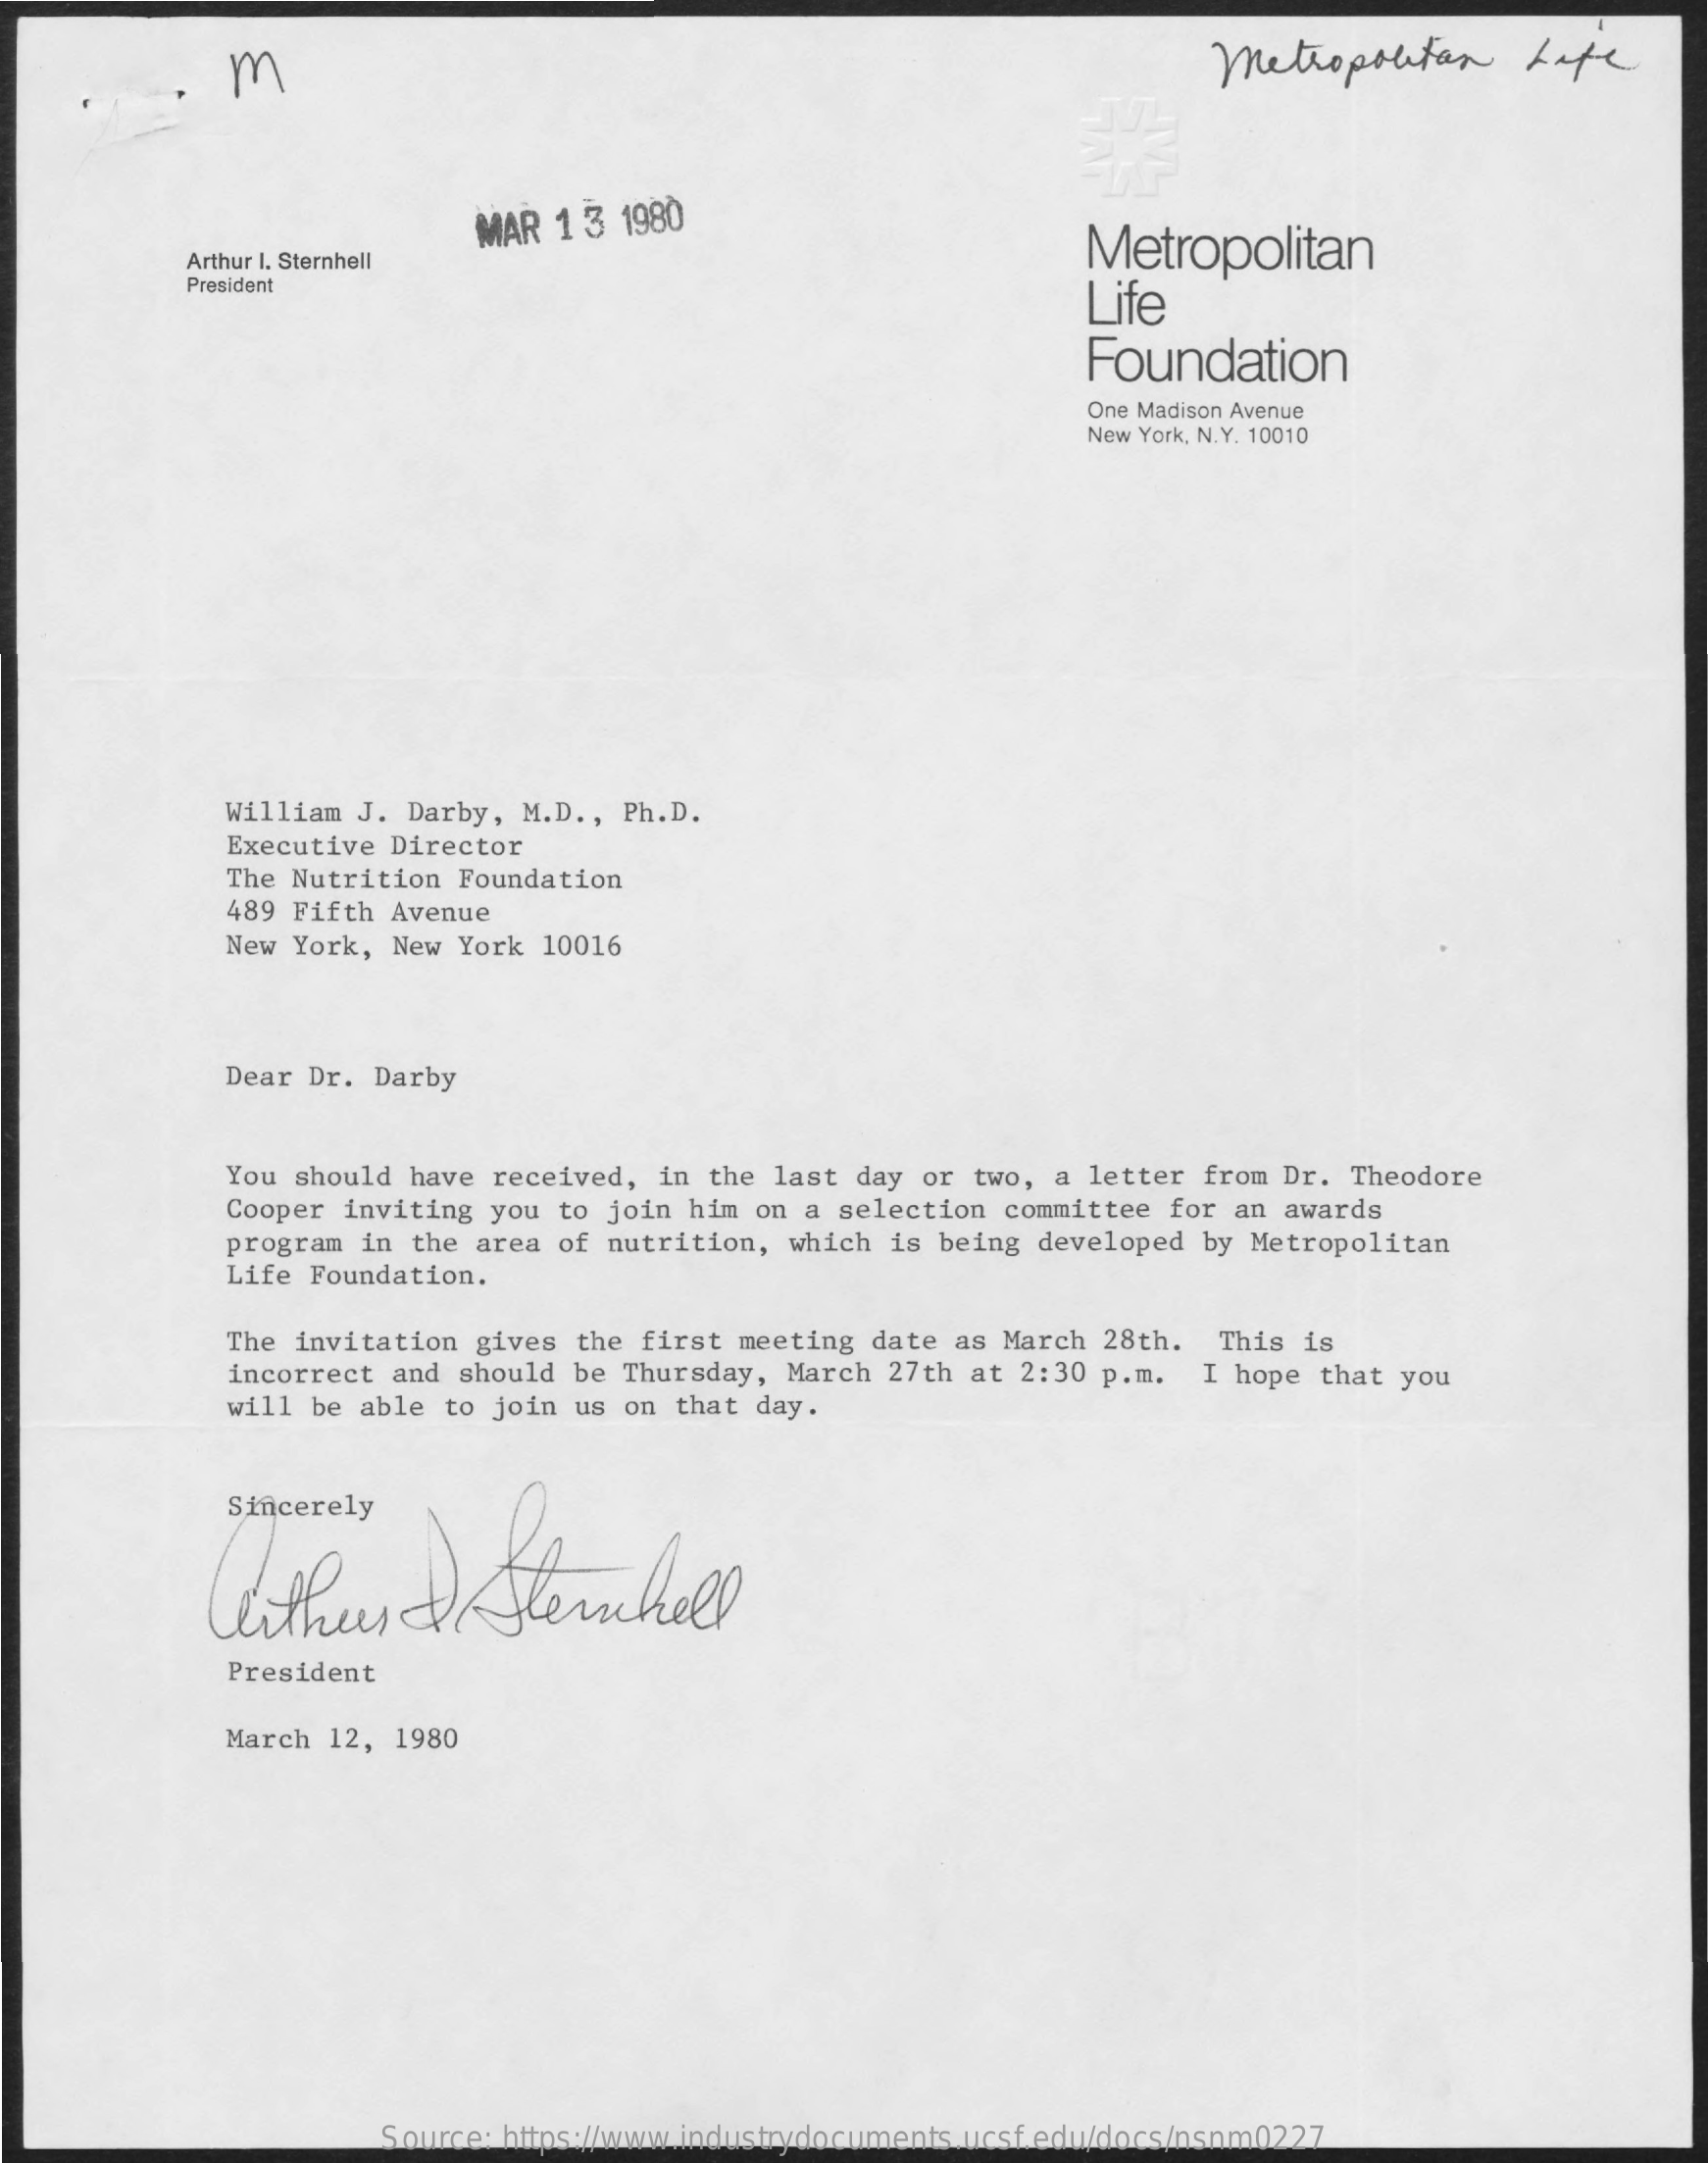
m    metropolitan    Life
     MAR 1 3 1980
     Arthur I. Sternhell    Metropolitan
     President
     Life
     Foundation
     One Madison Avenue
     New York, N.Y. 10010
     William J. Darby, M.D ., Ph.D.
     Executive Director
     The Nutrition Foundation
     489 Fifth Avenue
     New York, New York 10016
     Dear Dr. Darby
     You should have received, in the last day or two, a letter from Dr. Theodore
     Cooper inviting you to join him on a selection committee for an awards
     program in the area of nutrition, which is being developed by Metropolitan
     Life Foundation.
     The invitation gives the first meeting date as March 28th. This is
     incorrect and should be Thursday, March 27th at 2:30 p.m. I hope that you
     will be able to join us on that day.
     Sincerely
     Cethun    &  Sternhell
     President
     March 12, 1980
     Source: https://www.industrydocuments.ucsf.edu/docs/nsnm0227